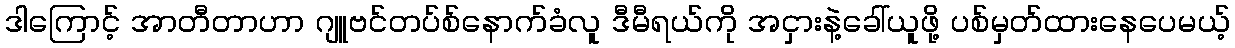
ဒါကြောင့် အာတီတာဟာ ဂျူဗင်တပ်စ်နောက်ခံလူ ဒီမီရယ်ကို အငှားနဲ့ခေါ်ယူဖို့ ပစ်မှတ်ထားနေပေမယ့်